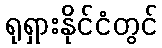
ရုရှားနိုင်ငံတွင်